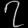
Digit: ၇